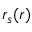
r _ { s } ( \boldsymbol { r } )